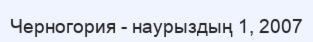
Черногория - наурыздың 1, 2007